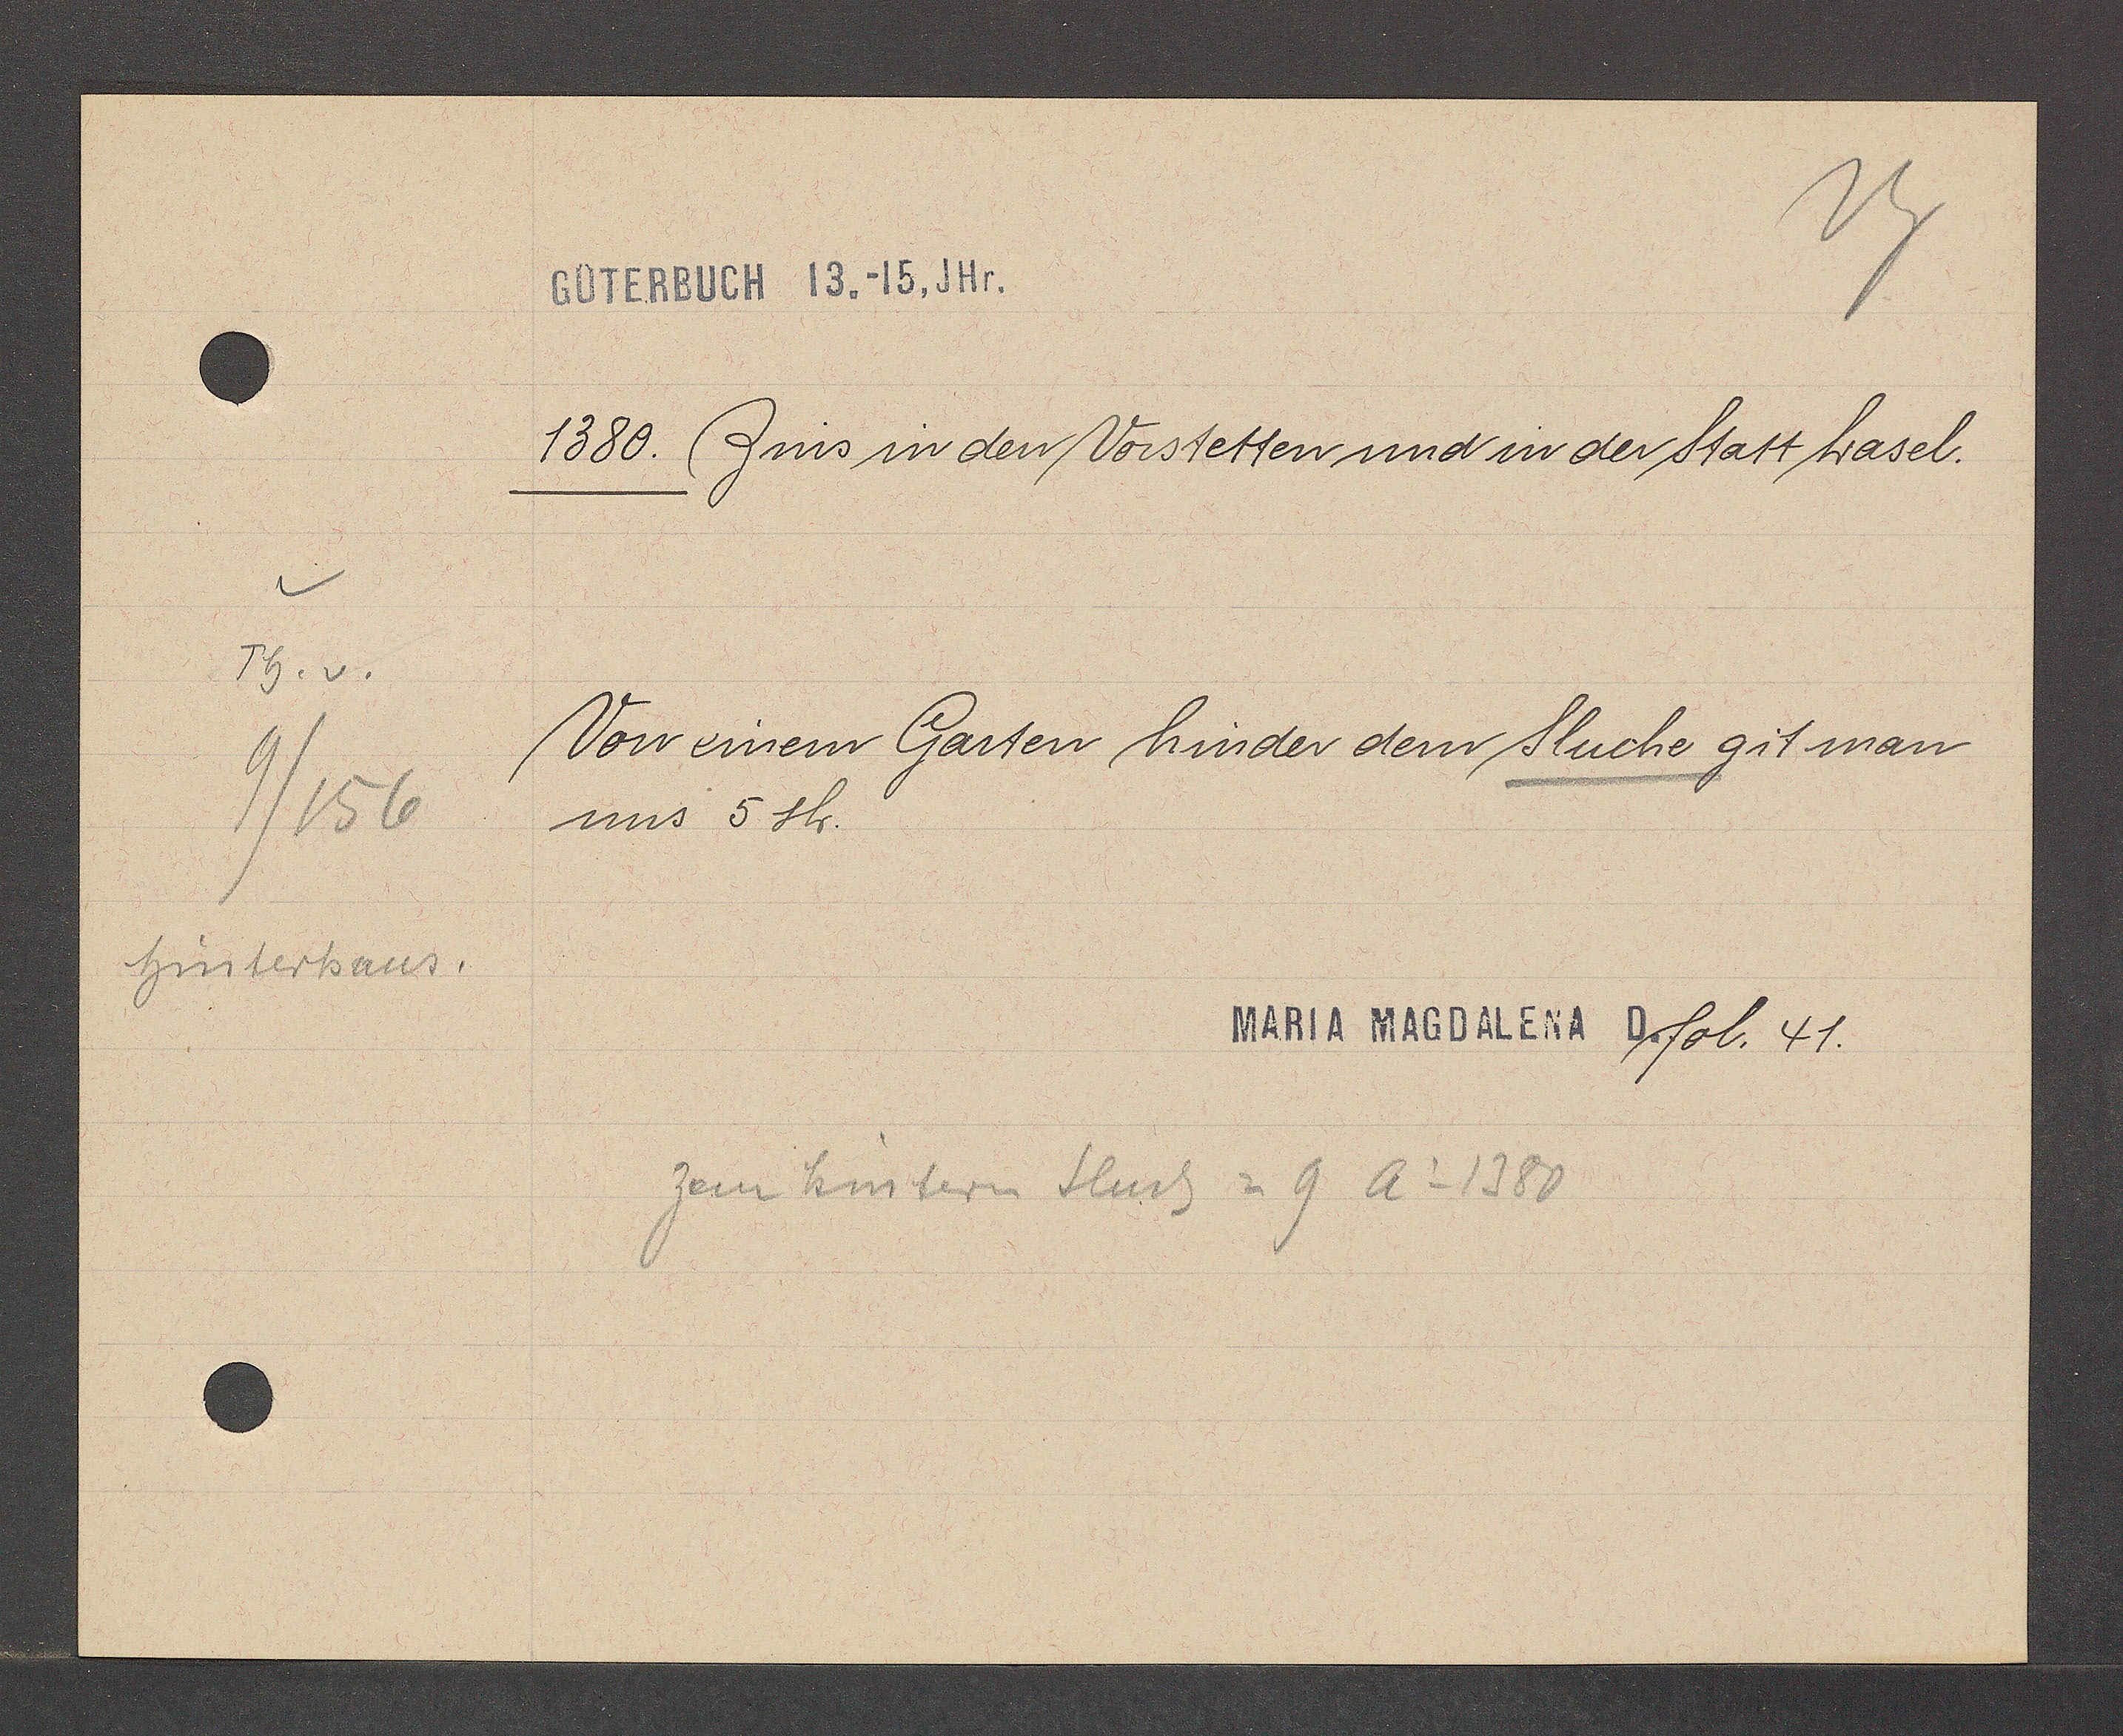
Transcript:
Th. v.
9/156
hinterhaus.

GÜTERBUCH 13.-14, JHr.

1380. Zins in den Vorstetten und in der Statt basel.
uns 5 sh.
Von einem Garten hinder dem Sluche git man

MARIA MAGDALENA D. fol. 41.

zem hintern sluch = 9 Ao 1380